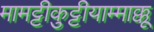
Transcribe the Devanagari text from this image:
मामट्टीकुट्टीयाम्माक्कू